Indian journal of veterinary science and animal husbandry - Volumes 24-25, 1954-1955
Year: 1954
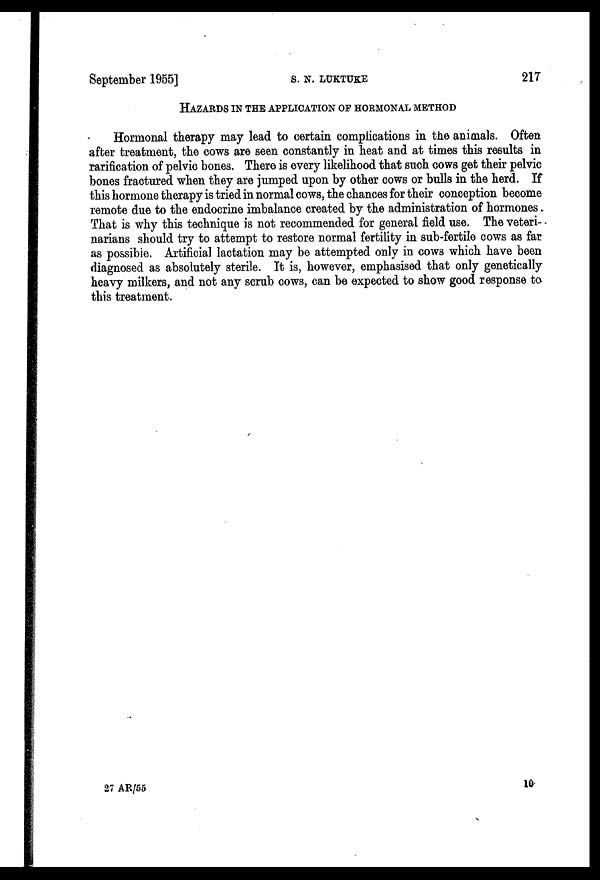
September 1955]
S.
N.
LUKTUKE
217
HAZARDS IN THE APPLICATION OF HORMONAL METHOD
Hormonal therapy may lead to certain complications in the animals. Often
after treatment, the cows are seen constantly in heat and at times this results in
rarification of pelvic bones. There is every likelihood that such cows get their pelvic
bones fractured when they are jumped upon by other cows or bulls in the herd. If
this hormone therapy is tried in normal cows, the chances for their conception become
remote due to the endocrine imbalance created by the administration of hormones
That is why this technique is not recommended for general field use. The veteri-
narians should try to attempt to restore normal fertility in sub-fertile cows as far
as possible. Artificial lactation may be attempted only in cows which have been
diagnosed as absolutely sterile. It is, however, emphasised that only genetically
heavy milkers, and not any scrub cows, can be expected to show good response to
this treatment.
27 AR/55
10